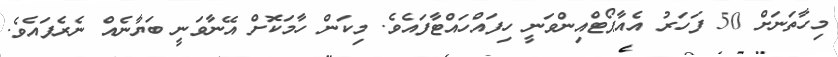
މިހާތަނަށް 50 ފަހަރު އެއާޕޯޓްއިންވަނީ ހިފައްހައްޓާފައެވެ. މިކަން ހާމަކޮށް އޭނާވަނީ ބަޔާނެއް ނެރެފައެވެ.